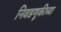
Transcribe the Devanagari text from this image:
निवडणूकीच्या